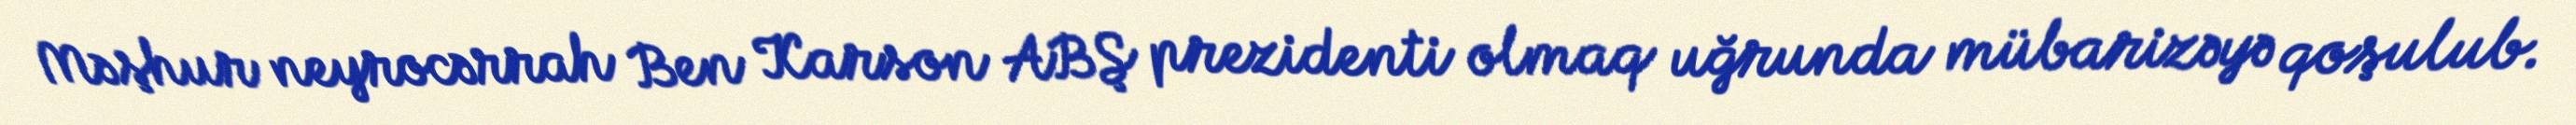
Məşhur neyrocərrah Ben Karson ABŞ prezidenti olmaq uğrunda mübarizəyə qoşulub.